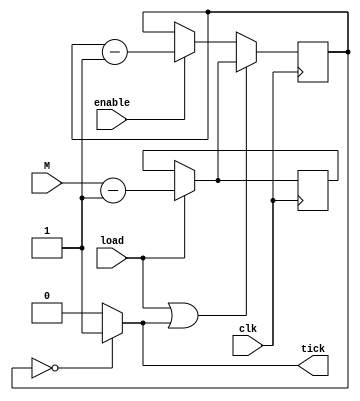
module timerst(
input wire clk, load, enable,
input wire [31:0] M, output tick );

reg [31:0] register;
always @(posedge clk) begin
	if(load == 1'b1) begin
		register <= M - 32'd1;
	end
end

wire [31:0] dcounterin;
assign dcounterin = (load == 1'b1) ? M - 32'd1 : register;

reg [31:0] downcounter;
always @(posedge clk) begin
	if((load == 1'b1) || (tick == 1'b1)) begin
		downcounter <= dcounterin;
	end
	else if (enable == 1'b1) begin
		downcounter <= downcounter - 32'd1;
	end
end

assign tick = (downcounter == 32'd0) ? 1'b1 : 1'b0;

endmodule